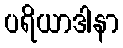
ပရိယာဒါနာ